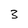
Character: 3